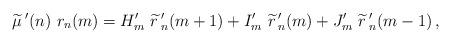
LaTeX: \begin{align*}\widetilde{\mu}\,'(n)\ r_n(m)=H'_{m}\ \widetilde{r}\,'_{n}(m+1) +I'_m\ \widetilde{r}\,'_{n}(m) +J'_m\ \widetilde{r}\,'_{n}(m-1) \,,\end{align*}